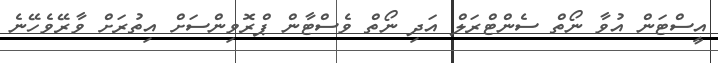
އީސްޓަން އުވާ ނޯތް ސެންޓްރަލް އަދި ނޯތް ވެސްޓާން ޕްރޮވިންސަށް އިތުރަށް ވާރޭވެހޭނެ